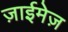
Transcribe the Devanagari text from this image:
ज़ाईमेज़